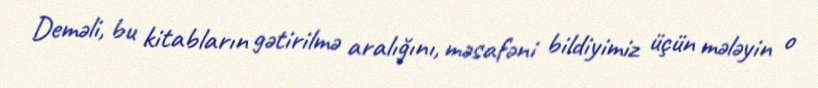
Deməli, bu kitabların gətirilmə aralığını, məsafəni bildiyimiz üçün mələyin o